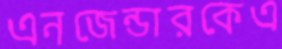
এনজেন্ডারকেএ